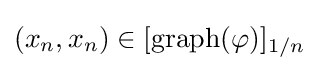
(x_{n},x_{n})\in [\operatorname {graph} (\varphi )]_{1/n}